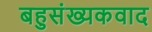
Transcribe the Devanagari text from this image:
बहुसंख्यकवाद